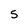
Character: 5